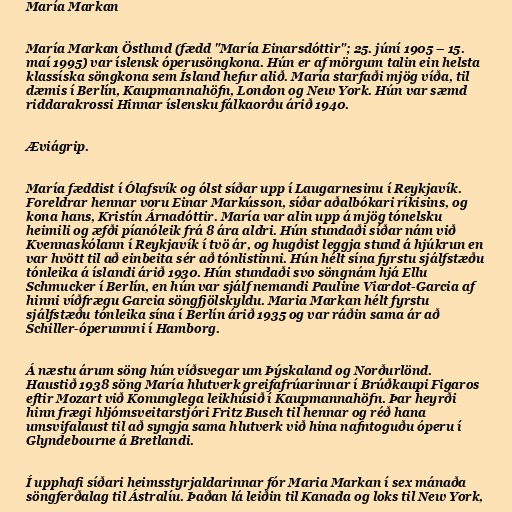
María Markan

María Markan Östlund (fædd "María Einarsdóttir"; 25. júní 1905 – 15.
maí 1995) var íslensk óperusöngkona. Hún er af mörgum talin ein helsta
klassíska söngkona sem Ísland hefur alið. María starfaði mjög víða, til
dæmis í Berlín, Kaupmannahöfn, London og New York. Hún var sæmd
riddarakrossi Hinnar íslensku fálkaorðu árið 1940.

Æviágrip.

María fæddist í Ólafsvík og ólst síðar upp í Laugarnesinu í Reykjavík.
Foreldrar hennar voru Einar Markússon, síðar aðalbókari ríkisins, og
kona hans, Kristín Árnadóttir. María var alin upp á mjög tónelsku
heimili og æfði píanóleik frá 8 ára aldri. Hún stundaði síðar nám við
Kvennaskólann í Reykjavík í tvö ár, og hugðist leggja stund á hjúkrun en
var hvött til að einbeita sér að tónlistinni. Hún hélt sína fyrstu sjálfstæðu
tónleika á íslandi árið 1930. Hún stundaði svo söngnám hjá Ellu
Schmucker í Berlín, en hún var sjálf nemandi Pauline Viardot-Garcia af
hinni víðfrægu Garcia söngfjölskyldu. Maria Markan hélt fyrstu
sjálfstæðu tónleika sína í Berlín árið 1935 og var ráðin sama ár að
Schiller-óperunnni í Hamborg.

Á næstu árum söng hún víðsvegar um Þýskaland og Norðurlönd.
Haustið 1938 söng María hlutverk greifafrúarinnar í Brúðkaupi Figaros
eftir Mozart við Konunglega leikhúsið í Kaupmannahöfn. Þar heyrði
hinn frægi hljómsveitarstjóri Fritz Busch til hennar og réð hana
umsvifalaust til að syngja sama hlutverk við hina nafntoguðu óperu í
Glyndebourne á Bretlandi.

Í upphafi síðari heimsstyrjaldarinnar fór Maria Markan í sex mánaða
söngferðalag til Ástralíu. Þaðan lá leiðin til Kanada og loks til New York,